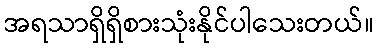
အရသာရှိရှိစားသုံးနိုင်ပါသေးတယ်။